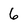
Character: 6